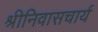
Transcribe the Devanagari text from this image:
श्रीनिवासचार्य